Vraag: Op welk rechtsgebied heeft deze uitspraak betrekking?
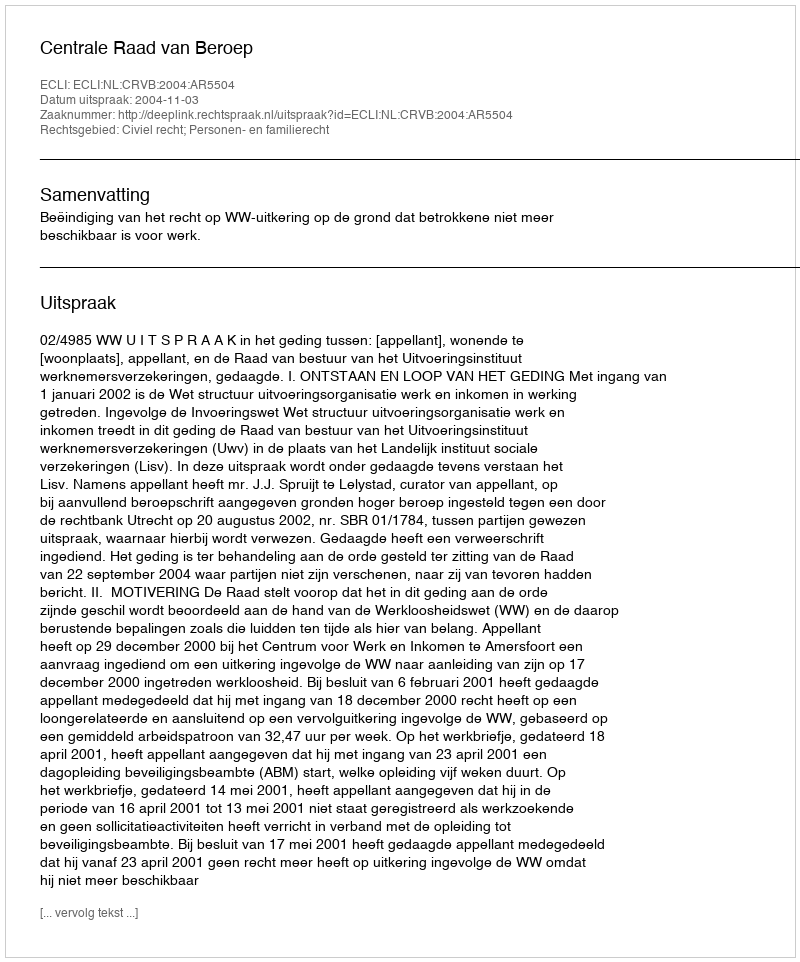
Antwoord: Civiel recht; Personen- en familierecht